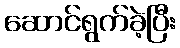
ဆောင်ရွက်ခဲ့ပြီး